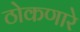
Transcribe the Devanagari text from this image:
ठोकणारे